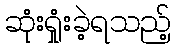
ဆုံးရှုံးခဲ့ရသည့်